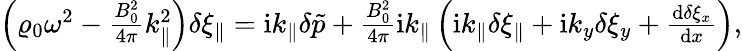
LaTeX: \begin{array}{r}{\left(\varrho_{0}\omega^{2}-\frac{B_{0}^{2}}{4\pi}k_{\parallel}^{2}\right)\delta\xi_{\parallel}=\mathrm{i}k_{\parallel}\delta\tilde{p}+\frac{B_{0}^{2}}{4\pi}\mathrm{i}k_{\parallel}\left(\mathrm{i}k_{\parallel}\delta\xi_{\parallel}+\mathrm{i}k_{y}\delta\xi_{y}+\frac{\textrm{d}\delta\xi_{x}}{\textrm{d}x}\right),}\end{array}